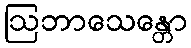
ဩဘာသေန္တော